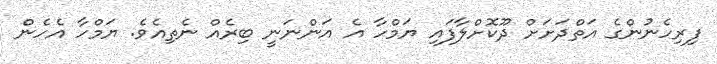
ފިރިހެނުންގެ އަތްދަށަށް ދޫކޮށްލާފައި ޔަމްހާ އެ އަންނަނީ ބިރެއް ނެތިއެވެ. ޔަމްހާ އެހެން